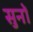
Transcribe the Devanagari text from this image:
सुनों